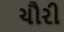
ચૌરી